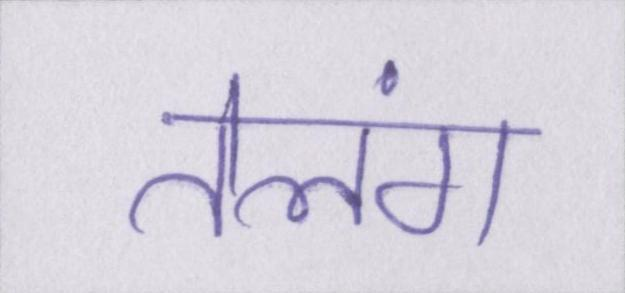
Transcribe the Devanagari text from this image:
तेलंग